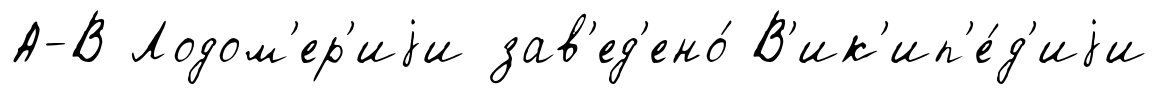
А-В Лодом'ер'иjи зав'ед'ено́ В'ик'ип'е́д'иjи